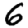
Digit: 6